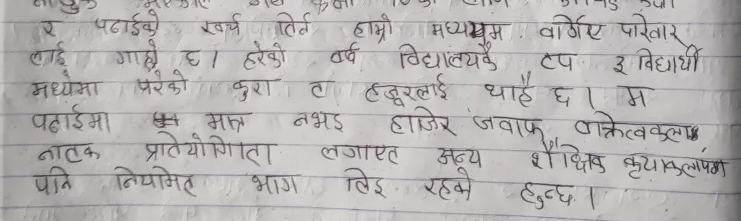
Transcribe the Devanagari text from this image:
र पढाईको खर्च तिर्न हाम्रो मध्यम वर्गीय परिवार
लाई गाह्रो छ । हरेको वर्ष विद्यालयकै टप ३ विद्यार्थी
मध्यमा परेको कुरा त हजुरलाई थाहै छ । म
पढाईमा मात्र नभइ हाजिर जवाफ, वाक्क्ला
नाटक प्रतियोगिता लगायत अन्य शैक्षिक क्रियाकलापमा
पनि नियमित भाग लिइ रहने हुन्छ ।